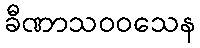
ခီဏာသဝဝသေန